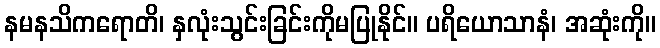
နမနသိကရောတိ၊ နှလုံးသွင်းခြင်းကိုမပြုနိုင်။ ပရိယောသာနံ၊ အဆုံးကို။